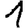
Digit: 1